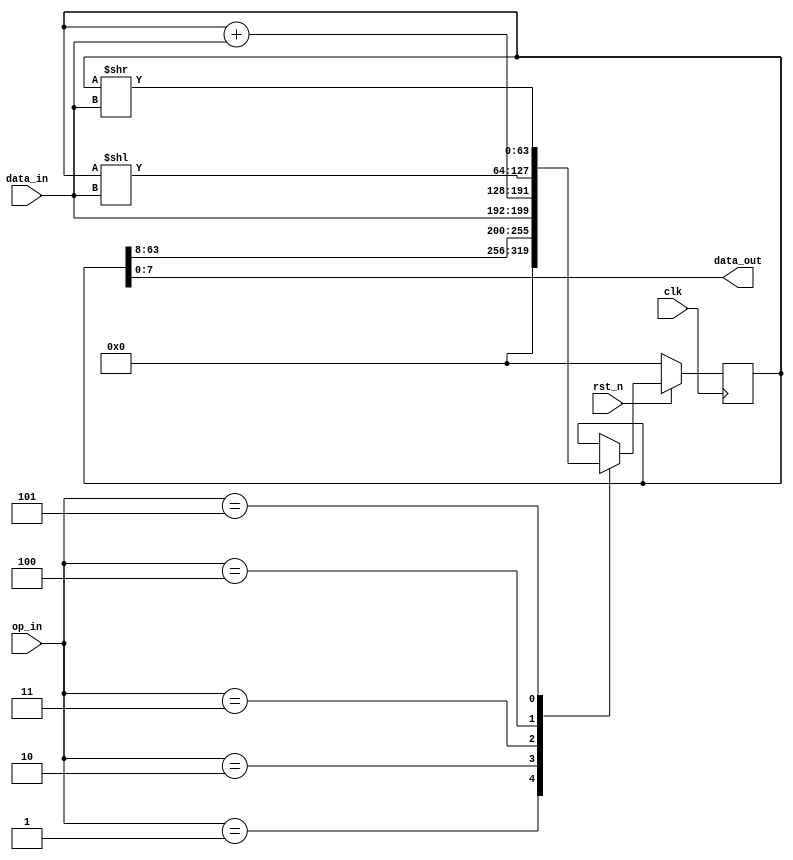
/*
 * Copyright (c) 2024 Andrew Dona-Couch
 * SPDX-License-Identifier: Apache-2.0
 */

`define default_netname none

module math #(
    parameter BITS = 64
) (
    input  wire       clk,
    input  wire       rst_n,

    input  wire [7:0] data_in,
    output wire [7:0] data_out,

    input  wire [7:0] op_in
);

  reg [BITS-1:0] accum;

  assign data_out = accum[7:0];

  always @(posedge clk) begin
    if (!rst_n) begin
      accum <= 0;
    end else begin
      case (op_in)
        8'h00: ;
        8'h01: accum <= 0;
        8'h02: accum <= {accum[BITS-1:8], data_in};
        8'h03: accum <= accum + {{BITS-9{1'b0}}, data_in};
        8'h04: accum <= accum << data_in;
        8'h05: accum <= accum >> data_in;
        default: ;
      endcase
    end
  end

endmodule